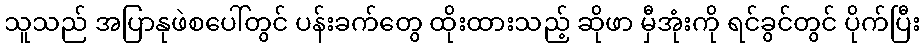
သူသည် အပြာနုဖဲစပေါ်တွင် ပန်းခက်တွေ ထိုးထားသည့် ဆိုဖာ မှီအုံးကို ရင်ခွင်တွင် ပိုက်ပြီး